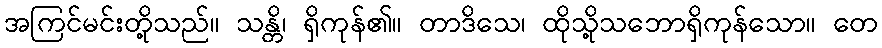
အကြင်မင်းတို့သည်။ သန္တိ၊ ရှိကုန်၏။ တာဒိသေ၊ ထိုသို့သဘောရှိကုန်သော။ တေ